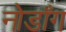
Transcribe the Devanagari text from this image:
नोडाँग